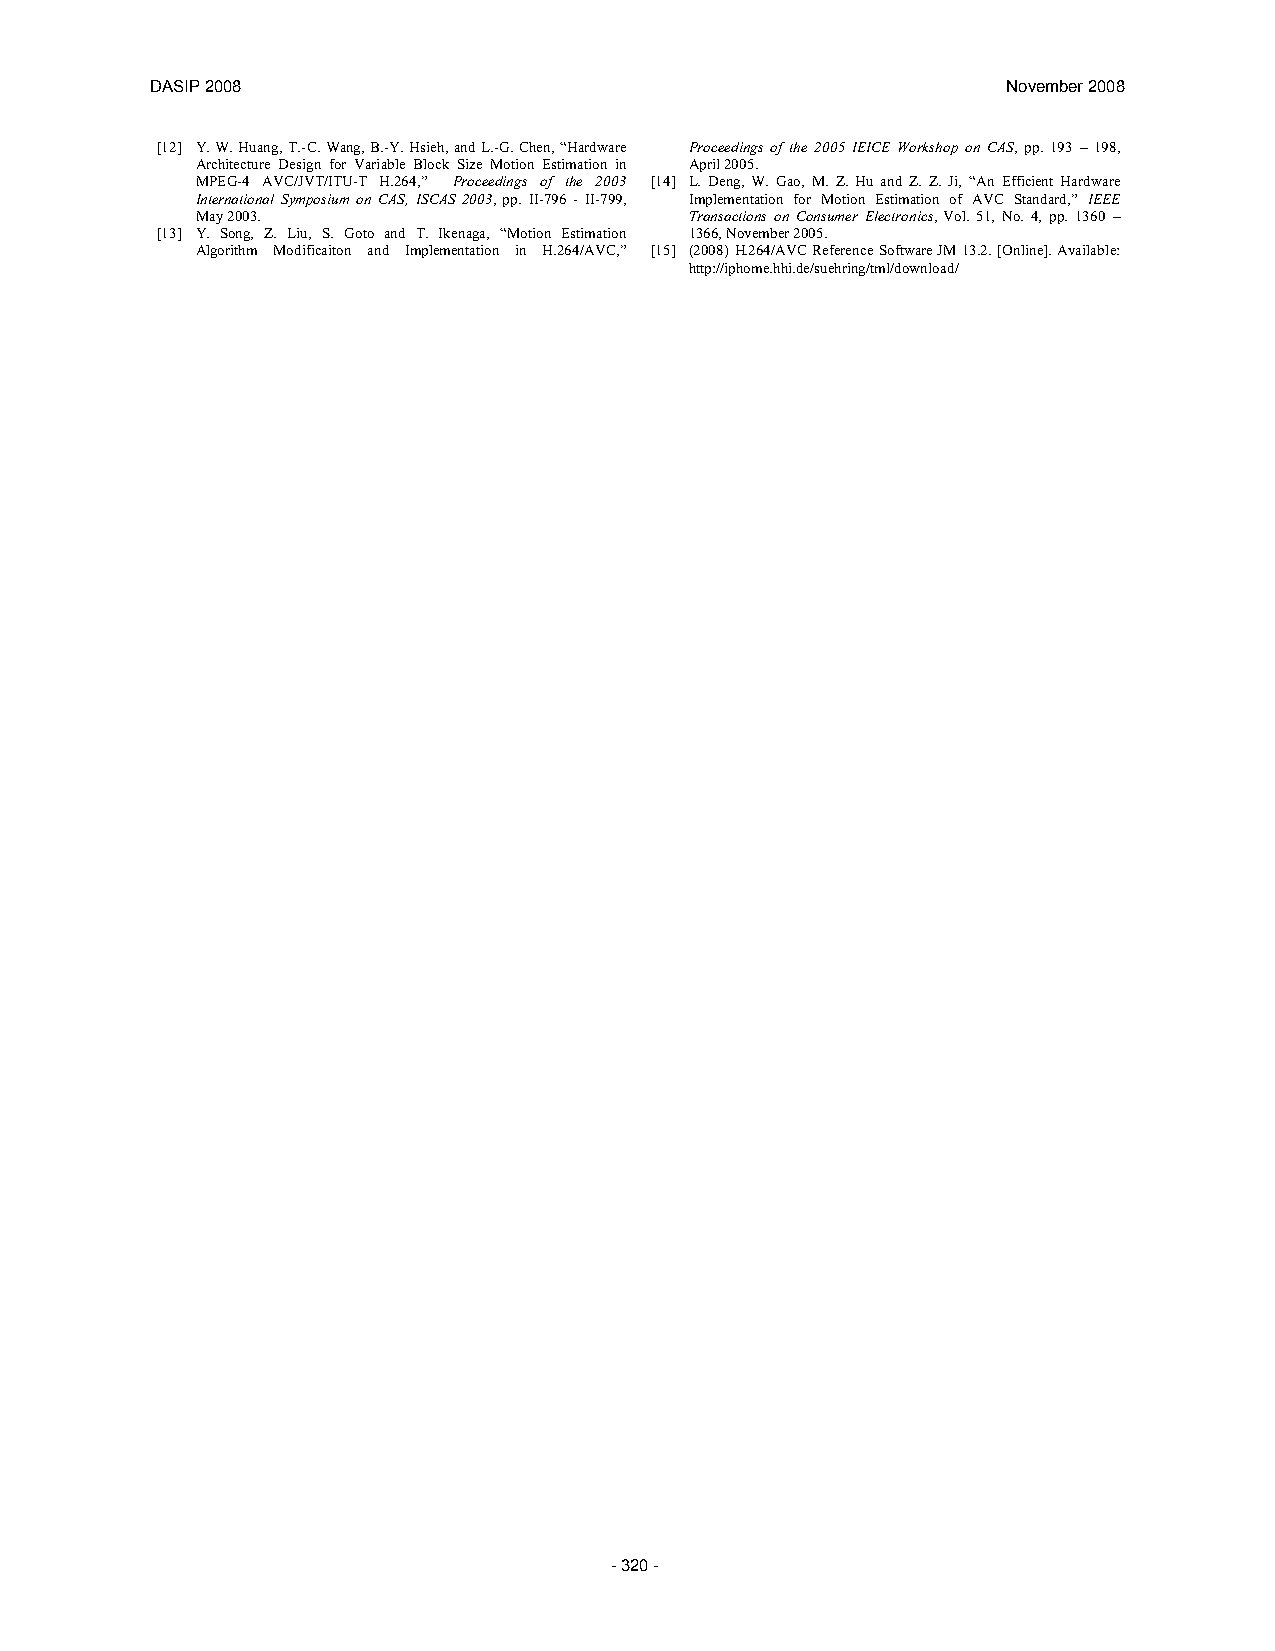
DASIP 2008                                               November 2008
 [12] Y.W.Huang,T.-C.Wang,B.-Y.Hsieh,andL.-G.Chen,“Hardware Proceedings of the 2005 IEICE Workshop on CAS, pp. 193 – 198,
 Architecture Design for Variable Block Size Motion Estimation in April 2005.
 MPEG-4 AVC/JVT/ITU-T H.264,” Proceedings of the 2003 [14] L. Deng, W. Gao, M. Z. Hu and Z. Z. Ji, “An Efficient Hardware
 International Symposium on CAS, ISCAS 2003, pp. II-796 - II-799, Implementation for Motion Estimation of AVC Standard,” IEEE
 May 2003.                        Transactions on Consumer Electronics, Vol. 51, No. 4, pp. 1360 –
 [13] Y. Song, Z. Liu, S. Goto and T. Ikenaga, “Motion Estimation 1366, November 2005.
 Algorithm Modificaiton and Implementation in H.264/AVC,” [15] (2008)H.264/AVCReferenceSoftwareJM13.2.[Online].Available:
 http://iphome.hhi.de/suehring/tml/download/
 - 320 -